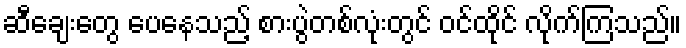
ဆီချေးတွေ ပေနေသည့် စားပွဲတစ်လုံးတွင် ဝင်ထိုင် လိုက်ကြသည်။